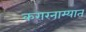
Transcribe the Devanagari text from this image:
करारनाम्यात